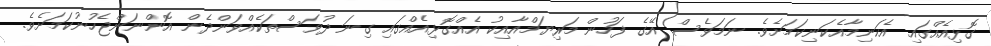
ގޮޅިއެއްގައި އެކަނިމާއެކަނިކަމަށެވެ. ނަމަވެސް އޭގެ ފަހުން މަރިޔަމްއާއިކު އެއްގޮޅިއެއްގައި ގިނަ ދުވަސްތަކެއްވަންދެން އޮންނަންޖެހުނުކަމަށެވެ.